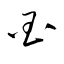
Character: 国